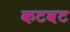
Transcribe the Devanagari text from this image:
कटवट